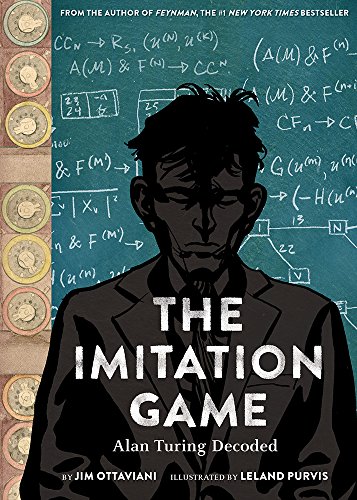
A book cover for The Imitation Game: Alan Turing Decoded; Jim Ottaviani; Comics & Graphic Novels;